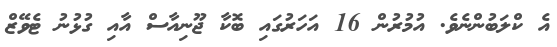
އެ ކްލަބުންނެވެ. އުމުރުން 16 އަހަރުގައި ބޮކާ ޖޫނިއާސް އާއި ގުޅުނު ޓެވޭޒް